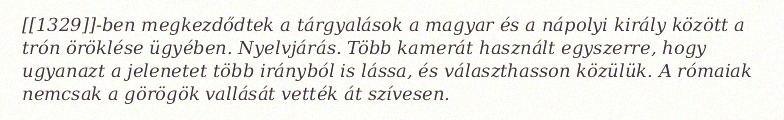
[[1329]]-ben megkezdődtek a tárgyalások a magyar és a nápolyi király között a trón öröklése ügyében. Nyelvjárás. Több kamerát használt egyszerre, hogy ugyanazt a jelenetet több irányból is lássa, és választhasson közülük. A rómaiak nemcsak a görögök vallását vették át szívesen.